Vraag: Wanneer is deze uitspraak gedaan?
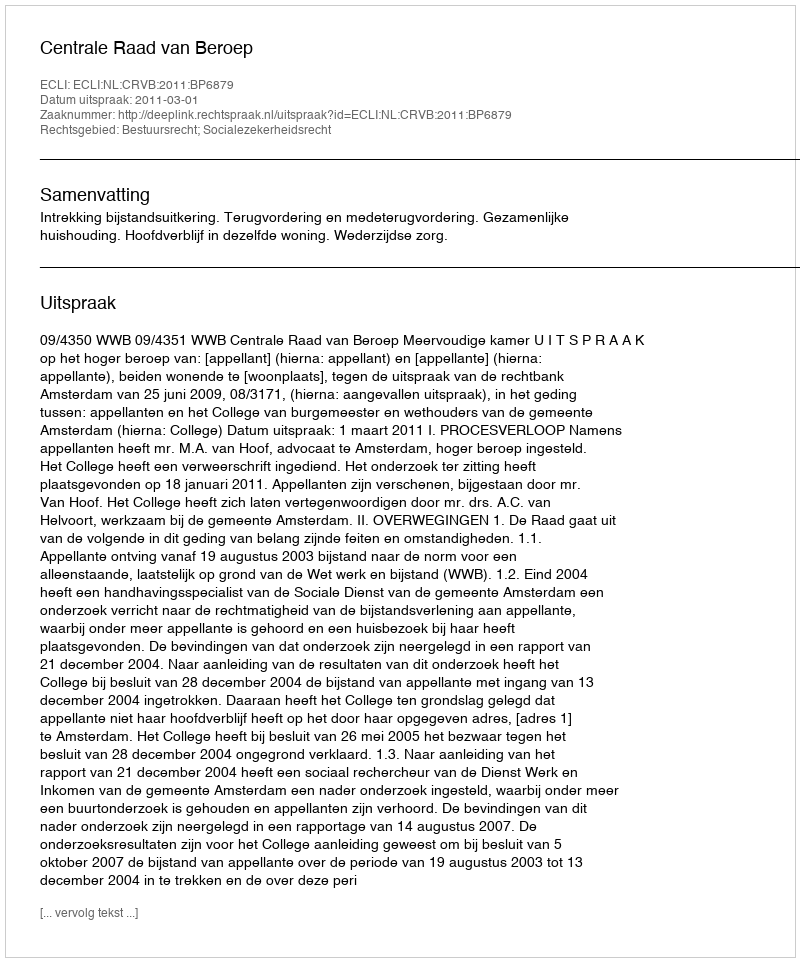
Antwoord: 2011-03-01